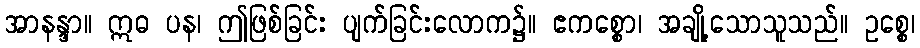
အာနန္ဒာ။ ဣဓ ပန၊ ဤဖြစ်ခြင်း ပျက်ခြင်းလောက၌။ ဧကစ္စော၊ အချို့သောသူသည်။ ဥစ္စေ၊